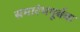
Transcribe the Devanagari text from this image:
समारंभपूर्बक